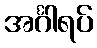
အင်္ဂါရပ်